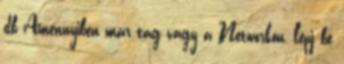
db Amennyiben már tag vagy a Networkön, lépj be